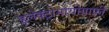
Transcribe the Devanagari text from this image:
इलेक्ट्रोमायोग्राफ़ी